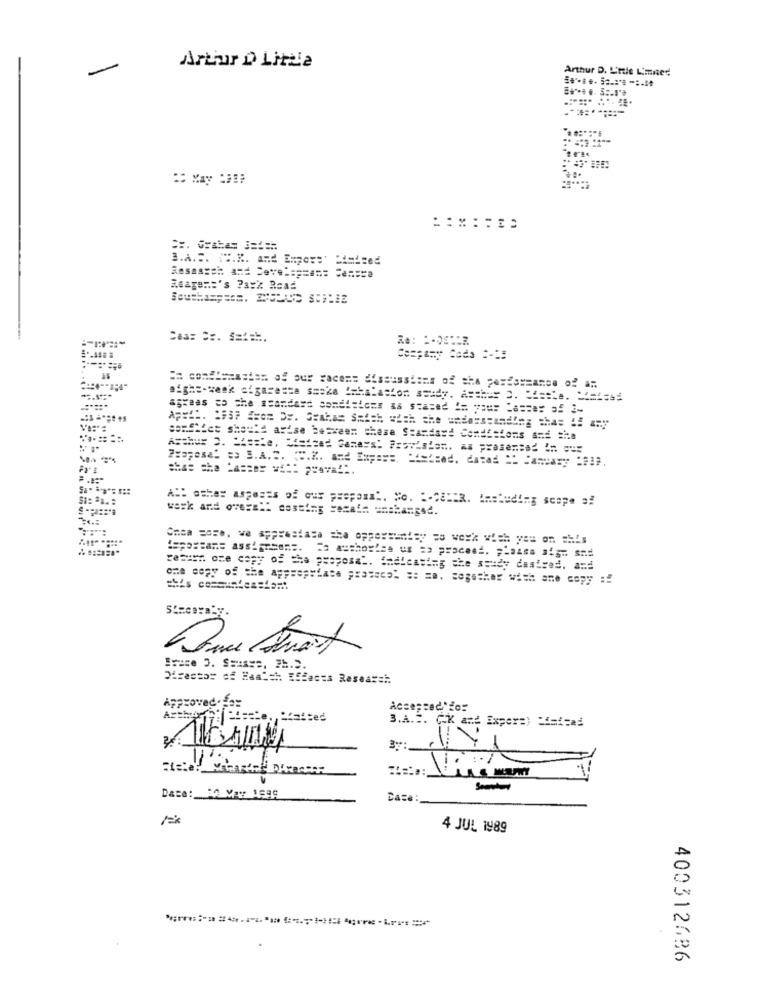
Artur D Little
Arthur D. L'rie Limited
3.A .:. "".R. and Engess' Dimized
Reage == 's ?a:2 Road
Company Coda :- 15
== cond'enasian of our racems discussions of the performance of an
agrees to the standard somdisions as stated I= pour Passer of 2-
somShiet should arise between these Standard Conditions and =ia
2xapost = S.A.C. C.K. and Ixpara, bisised. datad ": Canvary :237.
A. ashes aspects of our prepara !. No. "-CabaR. Including scope of
work and ove == ": costing secain unchanged.
resurs one copy of the proposal. Indicating the study desired. and
one copy of the appropriate ;: aseco= == = o. together with ame copy :!
Staceya.y.
Dance Strait
Irace O. SHisse, Ph.D.
Director of Haa'si Effects Researsi.
Approved:
Accessed.do:
3.A.S. C.K and Expera) Limited
ochvatted
Dasa: 30 VAy 1680
4 JUL 1989
400312686